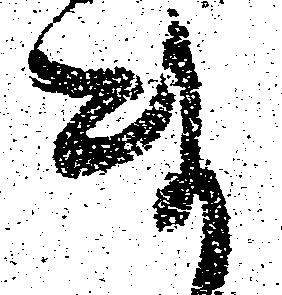
ま